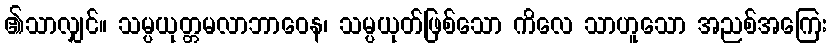
၏သာလျှင်။ သမ္ပယုတ္တမလာဘာဝေန၊ သမ္ပယုတ်ဖြစ်သော ကိလေ သာဟူသော အညစ်အကြေး